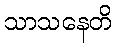
သာသနေတိ